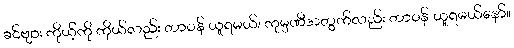
ခင်ဗျား ကိုယ့်ကို ကိုယ်လည်း တာဝန် ယူရမယ်၊ ကုမ္ပဏီအတွက်လည်း တာဝန် ယူရမယ်နော်။